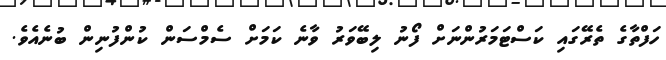
ހަފްތާގެ ތެރޭގައި ކަސްޓަމަރުންނަށް ފޯނު ލިބޭވަރު ވާނެ ކަމަށް ސެމްސަން ކުންފުނިން ބުނެއެވެ.